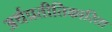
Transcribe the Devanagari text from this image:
अर्थप्रतीतिकारिता